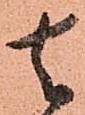
去